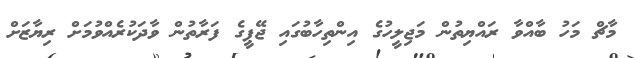
މާޗް މަހު ބާއްވާ ރައްޔިތުން މަޖިލީހުގެ އިންތިހާބުގައި ޖޭޕީގެ ފަރާތުން ވާދަކުރެއްވުމަށް ރިޔާޒަށް